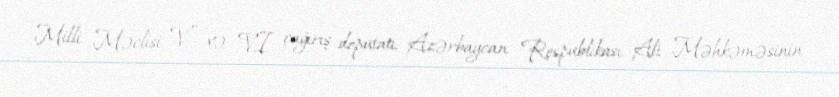
Milli Məclisi V və VI çağırış deputatı, Azərbaycan Respublikası Ali Məhkəməsinin